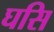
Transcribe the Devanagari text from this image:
घसि